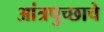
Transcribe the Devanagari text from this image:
आंत्रपुच्छाचे